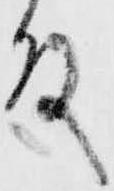
殿